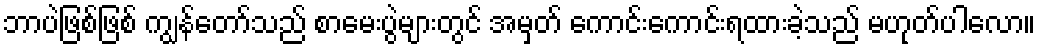
ဘာပဲဖြစ်ဖြစ် ကျွန်တော်သည် စာမေးပွဲများတွင် အမှတ် ကောင်းကောင်းရထားခဲ့သည် မဟုတ်ပါလော။